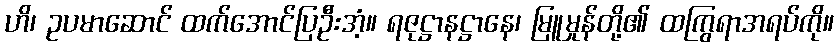
ဟိ၊ ဥပမာဆောင် ထက်အောင်ပြဦးအံ့။ ရဇုဋ္ဌာနဋ္ဌာနေ၊ မြူမှုန်တို့၏ ထကြွရာအရပ်ကို။